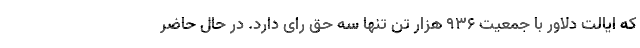
که ایالت دلاور با جمعیت ۹۳۶ هزار تن تنها سه حق رای دارد. در حال حاضر